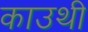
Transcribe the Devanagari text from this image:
काउथी